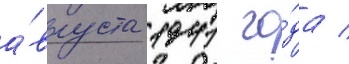
а́вгуста 1941 го́да /